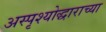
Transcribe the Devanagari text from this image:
अस्पृश्योद्धाराच्या